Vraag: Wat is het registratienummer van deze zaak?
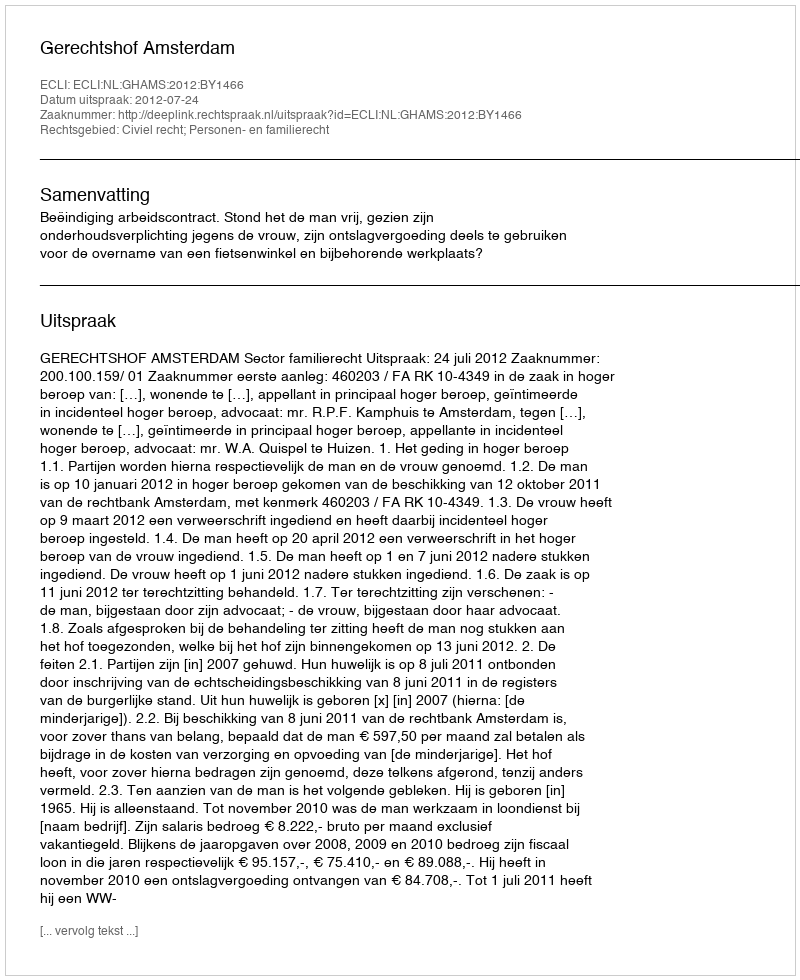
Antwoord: http://deeplink.rechtspraak.nl/uitspraak?id=ECLI:NL:GHAMS:2012:BY1466